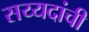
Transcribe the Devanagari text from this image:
सय्यदांची